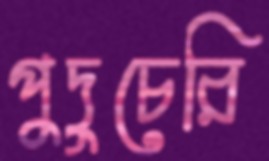
পুদুচেরি